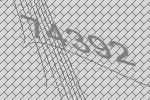
74392